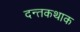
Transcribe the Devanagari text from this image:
दन्तकथाक